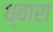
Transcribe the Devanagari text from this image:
ध्वारा